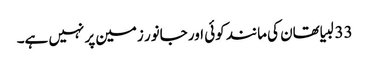
33 لبیا تھان کی مانند کوئی اور جانور زمین پر نہیں ہے۔